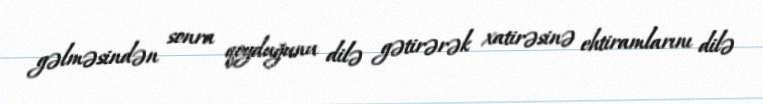
gəlməsindən sonra qoyduğunu dilə gətirərək xatirəsinə ehtiramlarını dilə